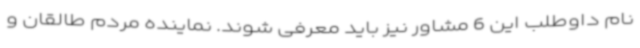
نام داوطلب این 6 مشاور نیز باید معرفی شوند. نماینده مردم طالقان و